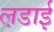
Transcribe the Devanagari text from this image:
ल़डाई